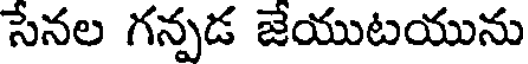
సేనల గన్పడ జేయుటయును